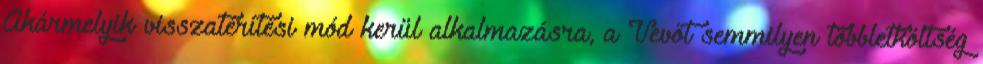
Akármelyik visszatérítési mód kerül alkalmazásra, a Vevőt semmilyen többletköltség